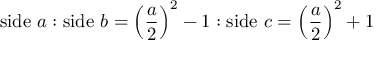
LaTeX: { \mathrm { s i d e ~ } } a : { \mathrm { s i d e ~ } } b = \left( { \frac { a } { 2 } } \right) ^ { 2 } - 1 : { \mathrm { s i d e ~ } } c = \left( { \frac { a } { 2 } } \right) ^ { 2 } + 1